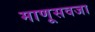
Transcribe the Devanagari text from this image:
माणूसवजा